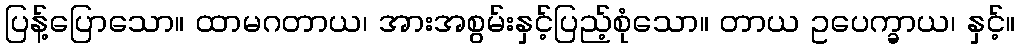
ပြန့်ပြောသော။ ထာမဂတာယ၊ အားအစွမ်းနှင့်ပြည့်စုံသော။ တာယ ဥပေက္ခာယ၊ နှင့်။